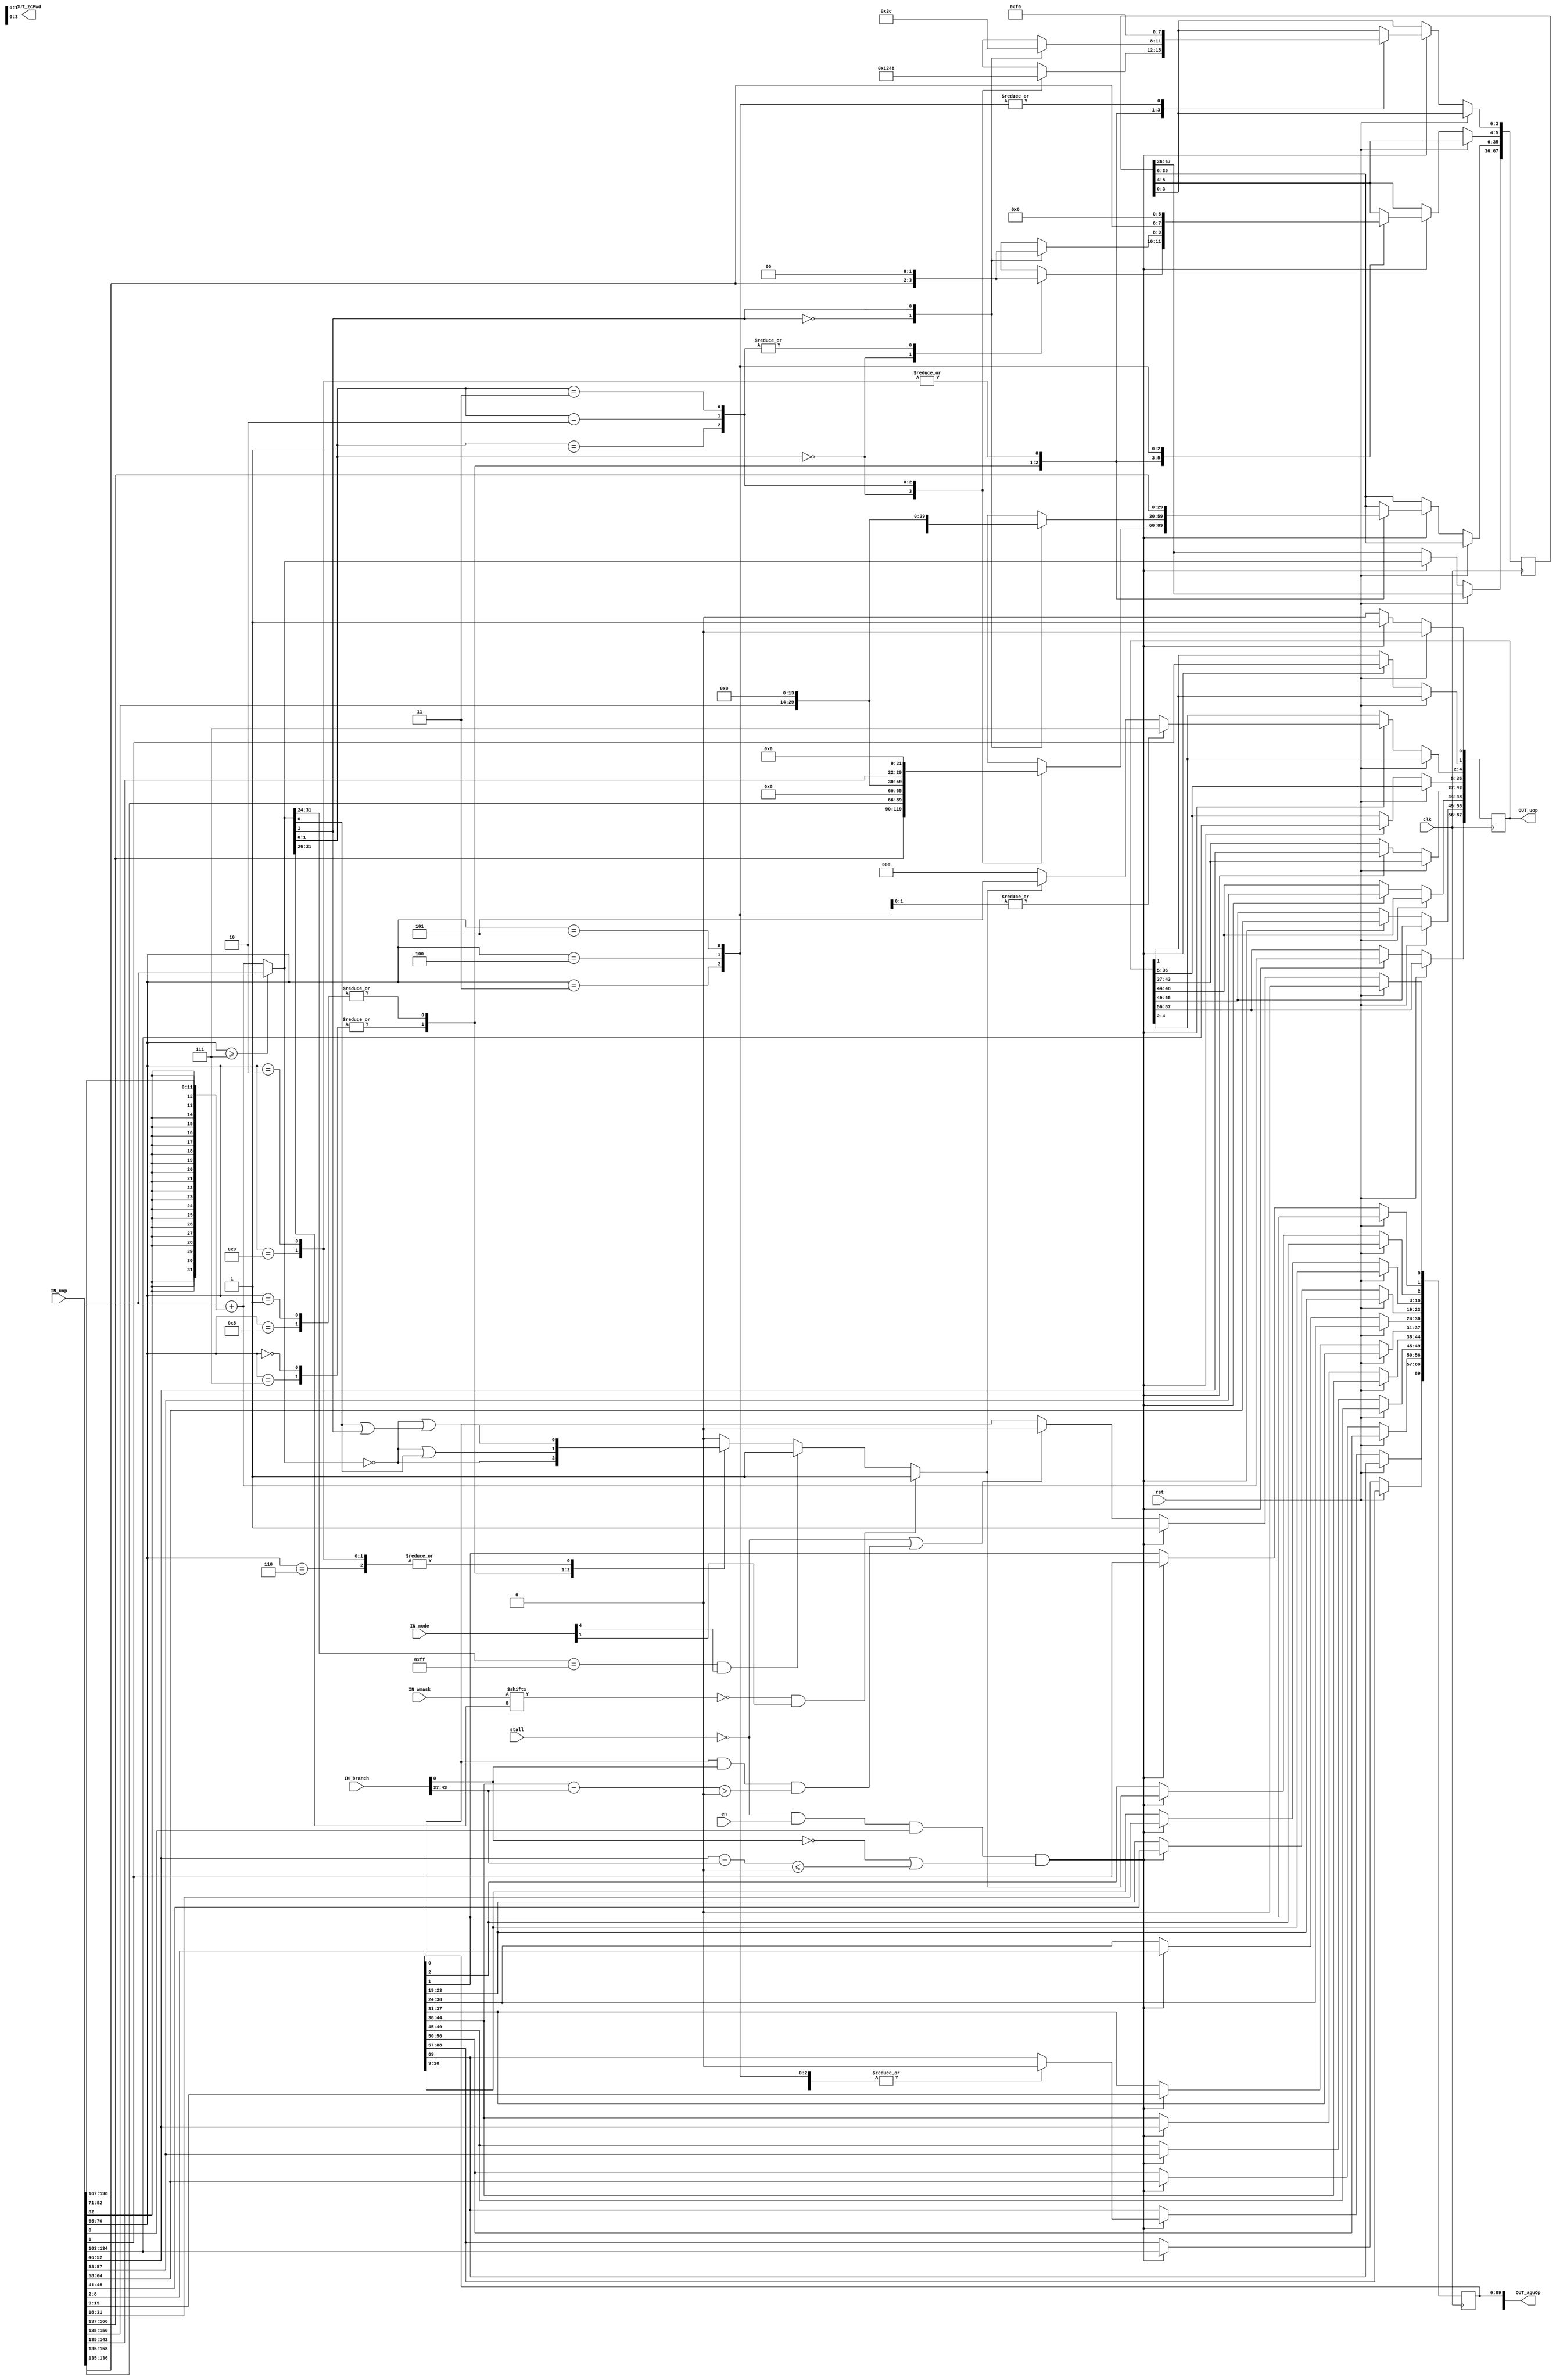
module StoreAGU (
	clk,
	rst,
	en,
	stall,
	IN_mode,
	IN_wmask,
	IN_branch,
	OUT_zcFwd,
	IN_uop,
	OUT_uop,
	OUT_aguOp
);
	input wire clk;
	input wire rst;
	input wire en;
	input wire stall;
	input wire [7:0] IN_mode;
	input wire [63:0] IN_wmask;
	input wire [75:0] IN_branch;
	output wire [39:0] OUT_zcFwd;
	input wire [198:0] IN_uop;
	output reg [87:0] OUT_uop;
	output reg [162:0] OUT_aguOp;
	integer i;
	wire [31:0] addrSum = IN_uop[198-:32] + {{20 {IN_uop[82]}}, IN_uop[82:71]};
	wire [31:0] addr = (IN_uop[70-:6] >= 6'd7 ? IN_uop[198-:32] : addrSum);
	reg except;
	always @(*) begin
		case (IN_uop[70-:6])
			6'd7, 6'd0: except = addr == 0;
			6'd8, 6'd1: except = (addr == 0) || addr[0];
			6'd6, 6'd9, 6'd2: except = (addr == 0) || (addr[0] || addr[1]);
			default: except = 0;
		endcase
		if ((addr[31:24] == 8'hff) && IN_mode[3'd4])
			except = 1;
		if (!IN_wmask[addr[31:26]] && IN_mode[3'd1])
			except = 1;
	end
	always @(posedge clk) begin
		OUT_uop[0] <= 0;
		if (rst)
			OUT_aguOp[0] <= 0;
		else if (((!stall && en) && IN_uop[0]) && (!IN_branch[0] || ($signed(IN_uop[52-:7] - IN_branch[43-:7]) <= 0))) begin
			OUT_aguOp[162-:32] <= addr;
			OUT_aguOp[88-:32] <= IN_uop[134-:32];
			OUT_aguOp[56-:7] <= IN_uop[64-:7];
			OUT_aguOp[49-:5] <= IN_uop[57-:5];
			OUT_aguOp[44-:7] <= IN_uop[52-:7];
			OUT_aguOp[37-:7] <= IN_uop[15-:7];
			OUT_aguOp[30-:7] <= IN_uop[8-:7];
			OUT_aguOp[23-:5] <= IN_uop[45-:5];
			OUT_aguOp[1] <= IN_uop[1];
			OUT_aguOp[18-:16] <= IN_uop[31-:16];
			OUT_aguOp[2] <= except;
			OUT_aguOp[0] <= 1;
			OUT_uop[55-:7] <= IN_uop[64-:7];
			OUT_uop[48-:5] <= IN_uop[57-:5];
			OUT_uop[43-:7] <= IN_uop[52-:7];
			OUT_uop[36-:32] <= IN_uop[134-:32];
			OUT_uop[4-:3] <= (except ? 3'd5 : 3'd0);
			OUT_uop[1] <= IN_uop[1];
			OUT_uop[87-:32] <= addrSum;
			OUT_uop[0] <= 1;
			case (IN_uop[70-:6])
				6'd0, 6'd7: begin
					OUT_aguOp[89] <= 0;
					case (addr[1:0])
						0: begin
							OUT_aguOp[98-:4] <= 4'b0001;
							OUT_aguOp[130-:32] <= IN_uop[166-:32];
						end
						1: begin
							OUT_aguOp[98-:4] <= 4'b0010;
							OUT_aguOp[130-:32] <= IN_uop[166-:32] << 8;
						end
						2: begin
							OUT_aguOp[98-:4] <= 4'b0100;
							OUT_aguOp[130-:32] <= IN_uop[166-:32] << 16;
						end
						3: begin
							OUT_aguOp[98-:4] <= 4'b1000;
							OUT_aguOp[130-:32] <= IN_uop[166-:32] << 24;
						end
					endcase
				end
				6'd1, 6'd8: begin
					OUT_aguOp[89] <= 0;
					case (addr[1])
						0: begin
							OUT_aguOp[98-:4] <= 4'b0011;
							OUT_aguOp[130-:32] <= IN_uop[166-:32];
						end
						1: begin
							OUT_aguOp[98-:4] <= 4'b1100;
							OUT_aguOp[130-:32] <= IN_uop[166-:32] << 16;
						end
					endcase
				end
				6'd2, 6'd9: begin
					OUT_aguOp[89] <= 0;
					OUT_aguOp[98-:4] <= 4'b1111;
					OUT_aguOp[130-:32] <= IN_uop[166-:32];
				end
				6'd3: begin
					OUT_aguOp[89] <= 0;
					OUT_aguOp[98-:4] <= 0;
					OUT_aguOp[100:99] <= 0;
				end
				6'd4: begin
					OUT_aguOp[89] <= 0;
					OUT_aguOp[98-:4] <= 0;
					OUT_aguOp[100:99] <= 1;
					OUT_uop[4-:3] <= 3'd7;
				end
				6'd5: begin
					OUT_aguOp[89] <= 0;
					OUT_aguOp[98-:4] <= 0;
					OUT_aguOp[100:99] <= 2;
					OUT_uop[4-:3] <= 3'd7;
				end
				default:
					;
			endcase
		end
		else if (!stall || ((OUT_aguOp[0] && IN_branch[0]) && ($signed(OUT_aguOp[44-:7] - IN_branch[43-:7]) > 0)))
			OUT_aguOp[0] <= 0;
	end
endmodule